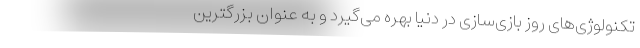
تکنولوژی‌های روز بازی‌سازی در دنیا بهره می‌گیرد و به عنوان بزرگترین